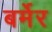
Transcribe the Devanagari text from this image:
बर्मेर